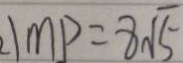
\vert m p = 8 \sqrt { 5 }